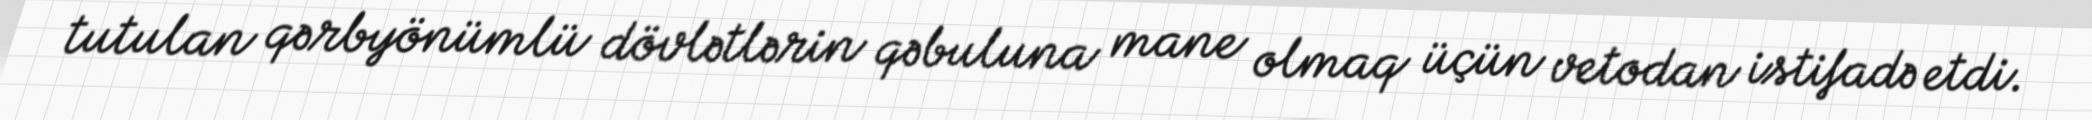
tutulan qərbyönümlü dövlətlərin qəbuluna mane olmaq üçün vetodan istifadə etdi.